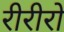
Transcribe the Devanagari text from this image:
रीरीरो